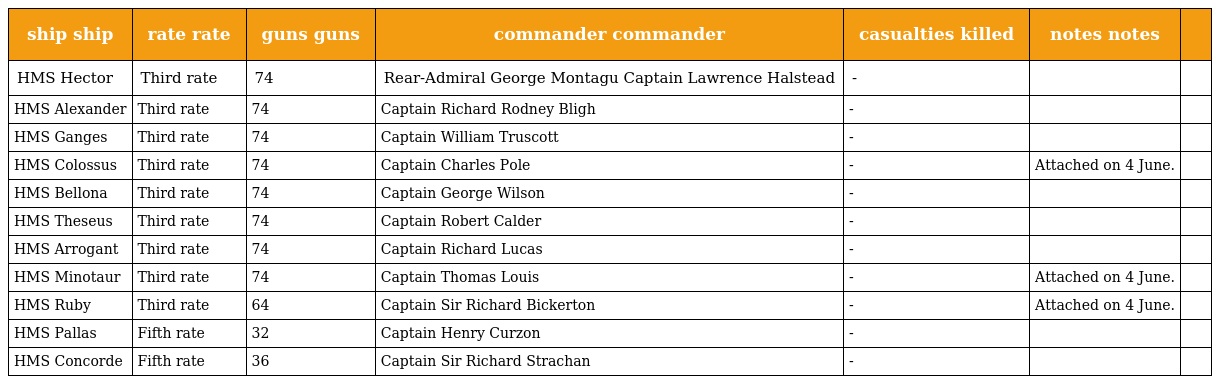
| ship ship | rate rate | guns guns | commander commander | casualties killed | notes notes |  |
 | --- | --- | --- | --- | --- | --- | --- |
 | HMS Hector | Third rate | 74 | Rear-Admiral George Montagu Captain Lawrence Halstead | - |  |  |
 | HMS Alexander | Third rate | 74 | Captain Richard Rodney Bligh | - |  |  |
 | HMS Ganges | Third rate | 74 | Captain William Truscott | - |  |  |
 | HMS Colossus | Third rate | 74 | Captain Charles Pole | - | Attached on 4 June. |  |
 | HMS Bellona | Third rate | 74 | Captain George Wilson | - |  |  |
 | HMS Theseus | Third rate | 74 | Captain Robert Calder | - |  |  |
 | HMS Arrogant | Third rate | 74 | Captain Richard Lucas | - |  |  |
 | HMS Minotaur | Third rate | 74 | Captain Thomas Louis | - | Attached on 4 June. |  |
 | HMS Ruby | Third rate | 64 | Captain Sir Richard Bickerton | - | Attached on 4 June. |  |
 | HMS Pallas | Fifth rate | 32 | Captain Henry Curzon | - |  |  |
 | HMS Concorde | Fifth rate | 36 | Captain Sir Richard Strachan | - |  |  |